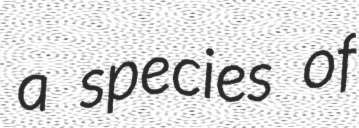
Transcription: a species of